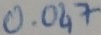
Text: 0.047